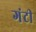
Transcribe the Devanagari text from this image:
गंटी